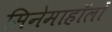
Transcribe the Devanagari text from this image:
सिनेमाहॉलों